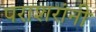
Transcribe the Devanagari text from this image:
पराशरांनी